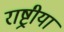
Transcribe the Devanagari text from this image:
राष्ट्रीया